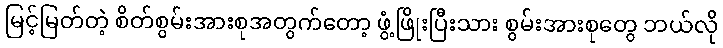
မြင့်မြတ်တဲ့ စိတ်စွမ်းအားစုအတွက်တော့ ဖွံ့ဖြိုးပြီးသား စွမ်းအားစုတွေ ဘယ်လို